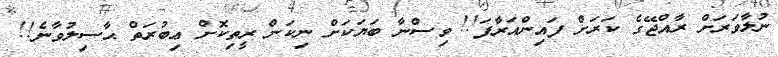
ނުލާވަރަށް ރާއްޖޭގެ ކަރަށް ފައިންއަރާފަ!! ވިސްނާ ބަޔަކަށް ނިކަން ރީތިކޮށް ޢިބުރަތް ޙާސިލުވާނެ!!